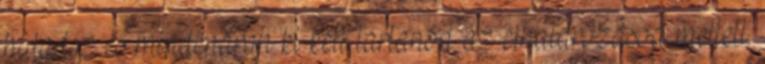
haladsz és mindenáron ki kell tartanod az elhatározásod mellett.